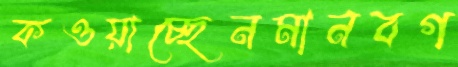
কওয়াচ্ছেনমানবগ